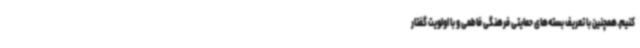
کنیم.همچنین با تعریف بسته‌های حمایتی فرهنگی فاطمی و با اولویت گفتار